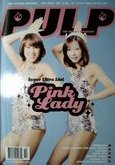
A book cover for Pulp: The Manga Magazine (For Mature Readers) (Volume 5, issues 10, 11, 12); Viz Communications; Comics & Graphic Novels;